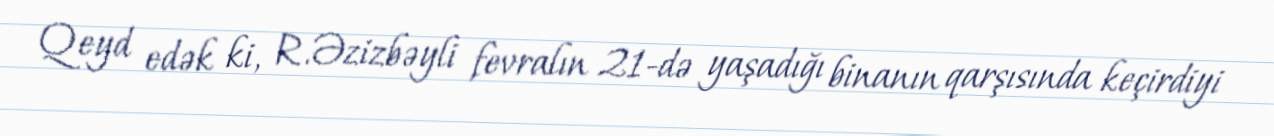
Qeyd edək ki, R.Əzizbəyli fevralın 21-də yaşadığı binanın qarşısında keçirdiyi